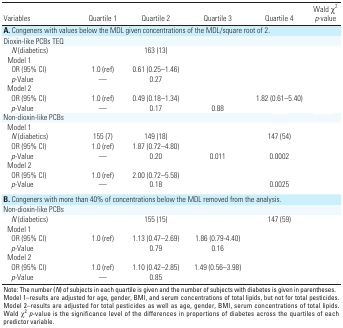
<table><thead><tr><td><b>Variables</b></td><td><b>Quartile 1</b></td><td><b>Quartile 2</b></td><td><b>Quartile 3</b></td><td><b>Quartile 4</b></td><td><b>Wald χ<sup>2</sup><i>p</i>-value</b></td></tr></thead><tbody><tr><td colspan="6"><b><b>A. </b>Congeners with values below the MDL given concentrations of the MDL/square root of 2.</b></td></tr><tr><td><b>Dioxin-like PCBs TEQ</b></td></tr><tr><td><b><i>N</i> (diabetics)</b></td><td>[EMPTY_CELL]</td><td>163 (13)</td><td>[EMPTY_CELL]</td><td>[EMPTY_CELL]</td></tr><tr><td><b>Model 1</b></td></tr><tr><td><b>OR (95% CI)</b></td><td>1.0 (ref)</td><td>0.61 (0.25–1.46)</td><td>[EMPTY_CELL]</td><td>[EMPTY_CELL]</td></tr><tr><td><b><i>p</i>-Value</b></td><td>—</td><td>0.27</td><td>[EMPTY_CELL]</td><td>[EMPTY_CELL]</td><td>[EMPTY_CELL]</td></tr><tr><td><b>Model 2</b></td></tr><tr><td><b>OR (95% CI)</b></td><td>1.0 (ref)</td><td>0.49 (0.18–1.34)</td><td>[EMPTY_CELL]</td><td>1.82 (0.61–5.40)</td></tr><tr><td><b><i>p</i>-Value</b></td><td>—</td><td>0.17</td><td>0.88</td><td>[EMPTY_CELL]</td><td>[EMPTY_CELL]</td></tr><tr><td><b>Non-dioxin-like PCBs</b></td></tr><tr><td><b>Model 1</b></td></tr><tr><td><b><i>N</i> (diabetics)</b></td><td>155 (7) </td><td>149 (18)</td><td>[EMPTY_CELL]</td><td>147 (54)</td></tr><tr><td><b>OR (95% CI)</b></td><td>1.0 (ref)</td><td>1.87 (0.72–4.80)</td><td>[EMPTY_CELL]</td><td>[EMPTY_CELL]</td></tr><tr><td><b><i>p</i>-Value</b></td><td>—</td><td>0.20</td><td>0.011</td><td>0.0002</td><td>[EMPTY_CELL]</td></tr><tr><td><b>Model 2</b></td></tr><tr><td><b>OR (95% CI)</b></td><td>1.0 (ref)</td><td>2.00 (0.72–5.58)</td><td>[EMPTY_CELL]</td><td>[EMPTY_CELL]</td></tr><tr><td><b><i>p</i>-Value</b></td><td>—</td><td>0.18</td><td>[EMPTY_CELL]</td><td>0.0025</td><td>[EMPTY_CELL]</td></tr><tr><td colspan="6"><b><b>B.</b> Congeners with more than 40% of concentrations below the MDL removed from the analysis.</b></td></tr><tr><td><b>Non-dioxin-like PCBs</b></td></tr><tr><td><b><i>N</i> (diabetics)</b></td><td>[EMPTY_CELL]</td><td>155 (15)</td><td>[EMPTY_CELL]</td><td>147 (59)</td></tr><tr><td><b>Model 1</b></td></tr><tr><td><b>OR (95% CI)</b></td><td>1.0 (ref)</td><td>1.13 (0.47–2.69)</td><td>1.86 (0.79-4.40)</td><td>[EMPTY_CELL]</td></tr><tr><td><b><i>p</i>-Value</b></td><td>[EMPTY_CELL]</td><td>0.79</td><td>0.16</td><td>[EMPTY_CELL]</td><td>[EMPTY_CELL]</td></tr><tr><td><b>Model 2</b></td></tr><tr><td><b>OR (95% CI)</b></td><td>1.0 (ref)</td><td>1.10 (0.42–2.85)</td><td>1.49 (0.56–3.98)</td><td>[EMPTY_CELL]</td></tr><tr><td><b><i>p</i>-Value</b></td><td>—</td><td>0.85</td><td>[EMPTY_CELL]</td><td>[EMPTY_CELL]</td><td>[EMPTY_CELL]</td></tr><tr><td colspan="6">Note: The number (<i>N</i>) of subjects in each quartile is given and the number of subjects with diabetes is given in parentheses. Model 1–results are adjusted for age, gender, BMI, and serum concentrations of total lipids, but not for total pesticides. Model 2–results are adjusted for total pesticides as well as age, gender, BMI, serum concentrations of total lipids. Wald χ<sup>2</sup><i>p</i>-value is the significance level of the differences in proportions of diabetes across the quartiles of each predictor variable.</td></tr></tbody></table>